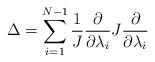
LaTeX: \begin{align*}\Delta = \sum_{i=1}^{N-1}\frac{1}{J} \frac{\partial }{\partial \lambda_{i} }J \frac{\partial }{\partial \lambda_{i} }\end{align*}